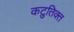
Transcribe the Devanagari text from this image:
कटुतिक्त